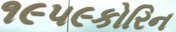
૧૯૫૯કોરિન